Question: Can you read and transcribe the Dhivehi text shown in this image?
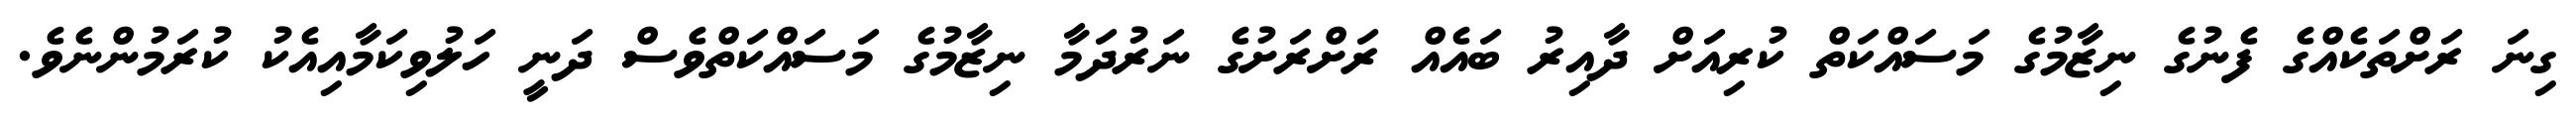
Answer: ގިނަ ރަށްތަކެއްގެ ފެނުގެ ނިޒާމުގެ މަސައްކަތް ކުރިއަށް ދާއިރު ބައެއް ރަށްރަށުގެ ނަރުދަމާ ނިޒާމުގެ މަސައްކަތްވެސް ދަނީ ހަލުވިކަމާއިއެކު ކުރަމުންނެވެ.